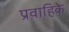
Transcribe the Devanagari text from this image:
प्रवाहिके